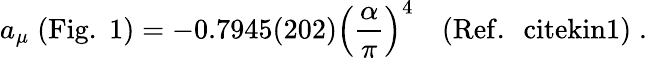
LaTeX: a_{\mu}\; \mathrm{(Fig.\; 1)}=-0.7945(202)\left({\frac{\alpha}{\pi}}\right)^{4}\quad(\mathrm{Ref.~\ cite{kin1}})\; .